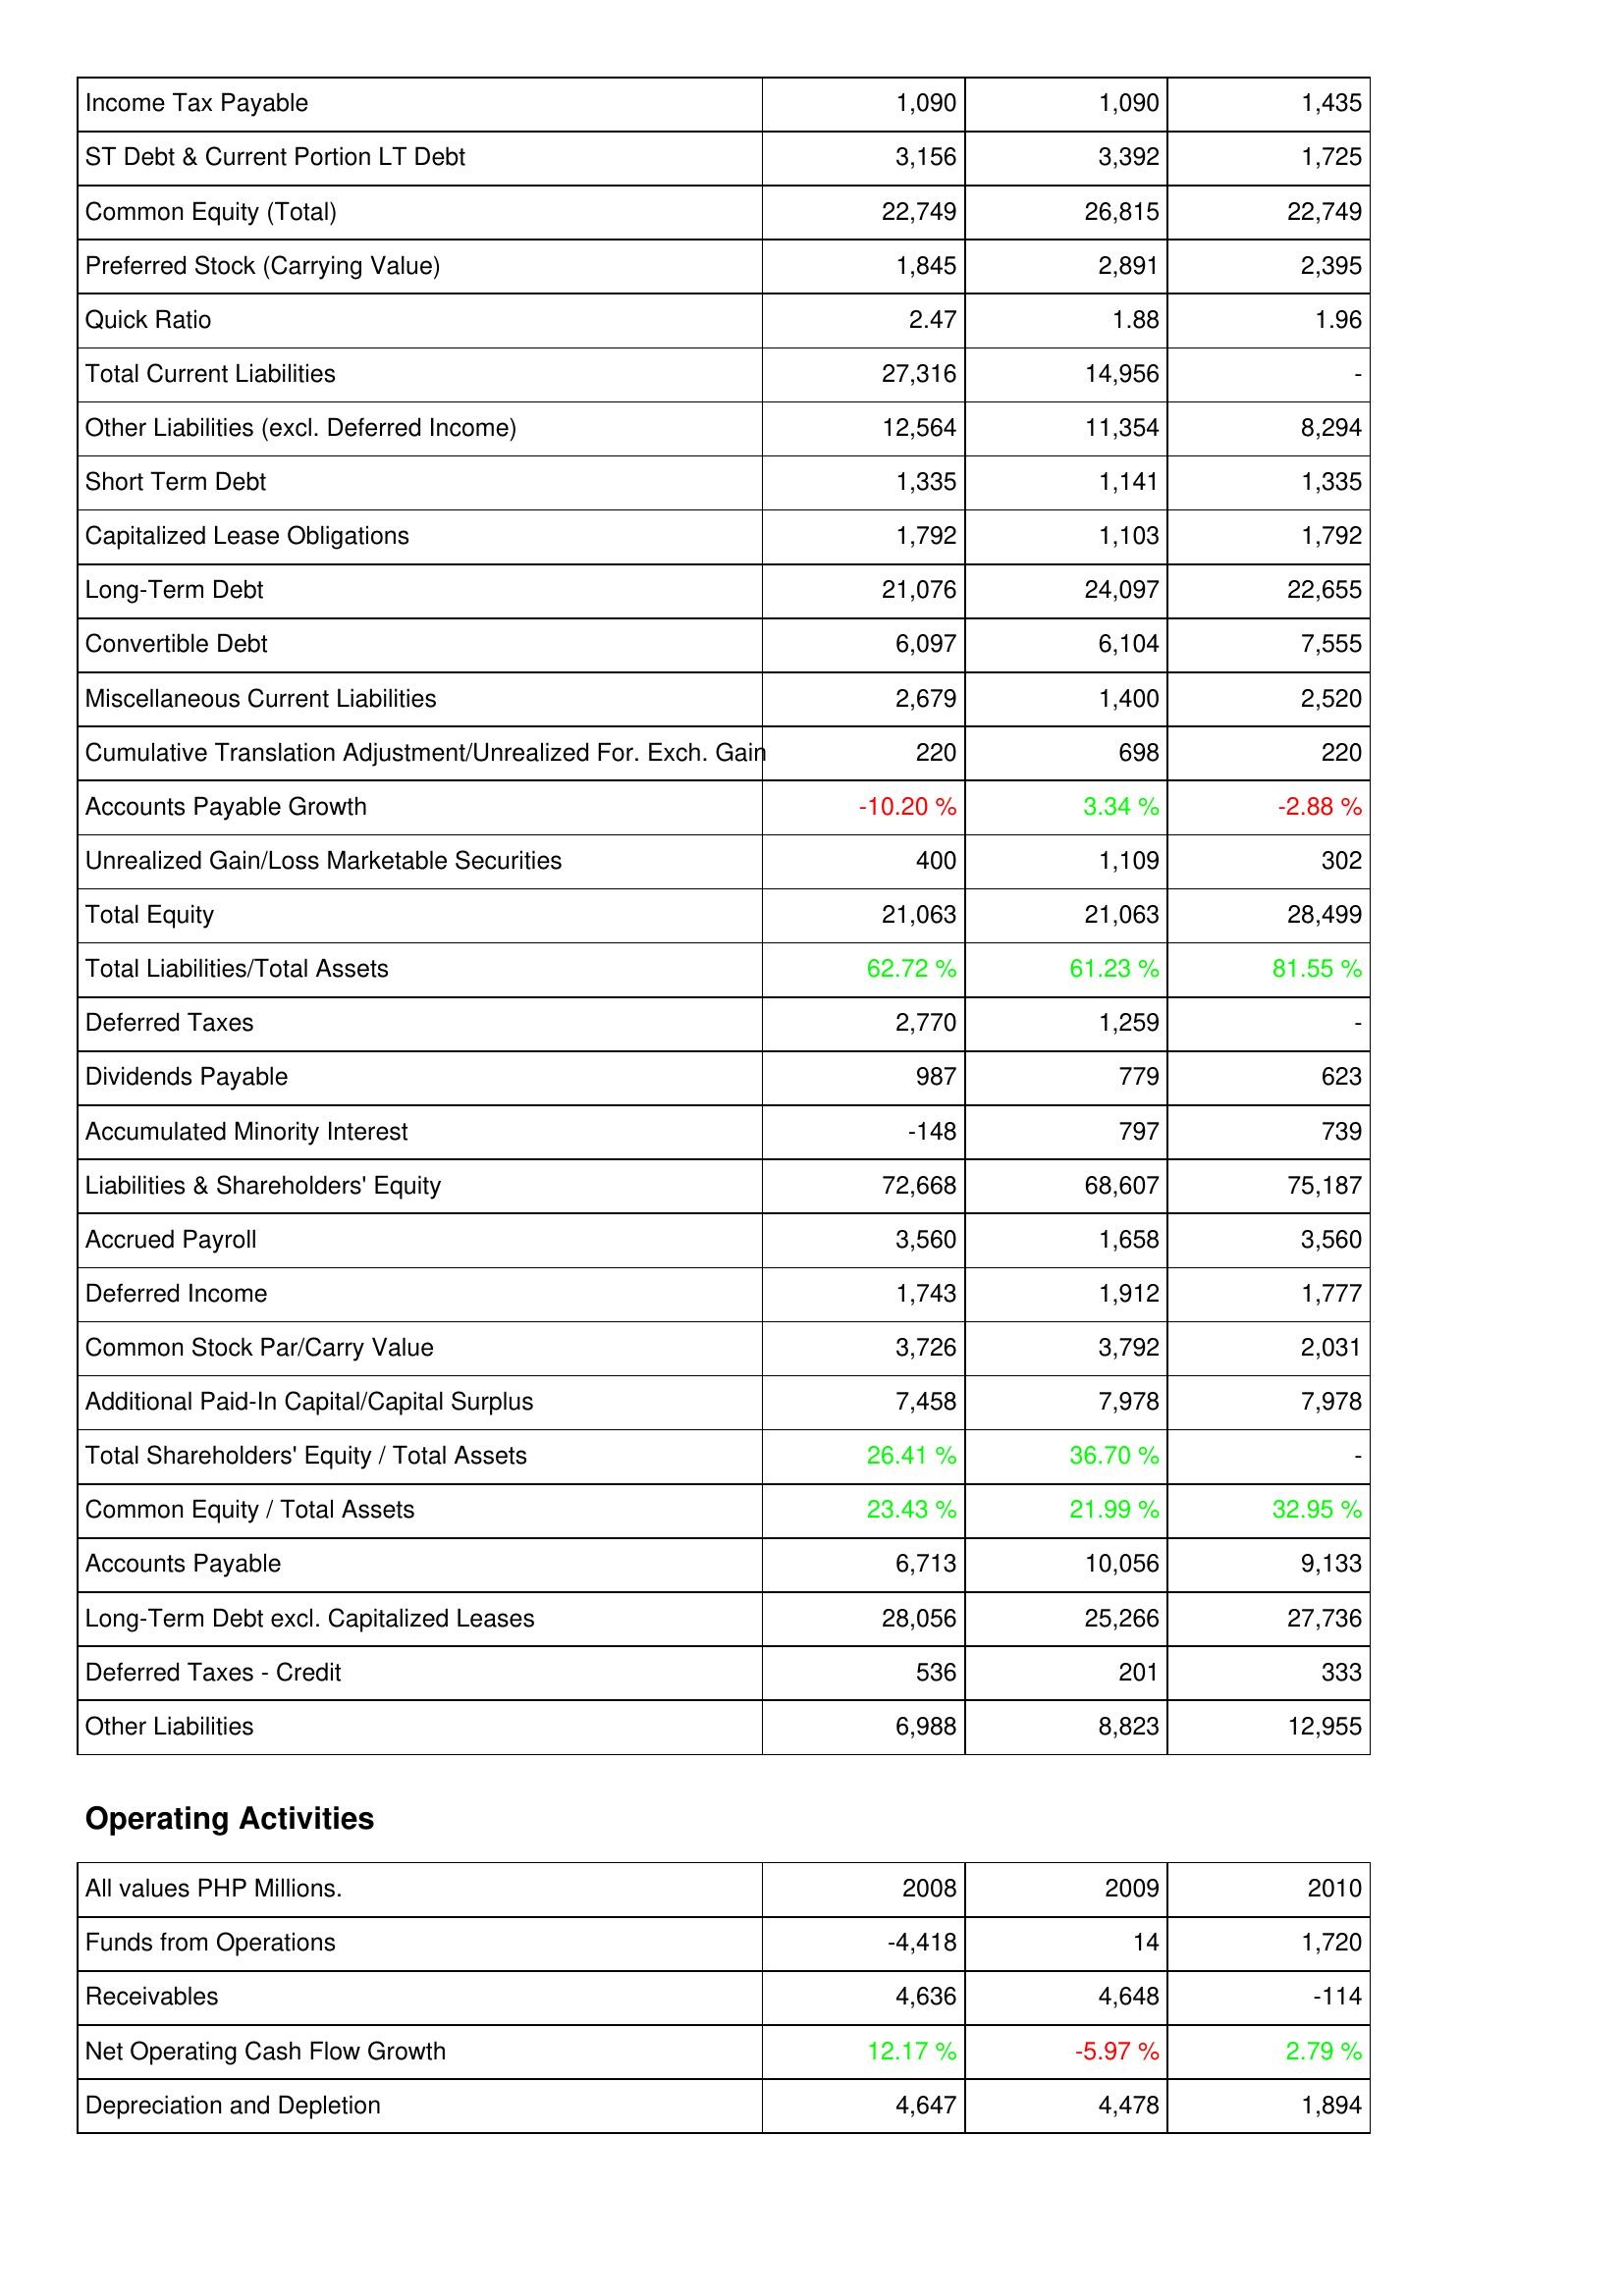
2008: Liabilities & Shareholders' Equity: Income Tax Payable: 1,090
ST Debt & Current Portion LT Debt: 3,156
Common Equity (Total): 22,749
Preferred Stock (Carrying Value): 1,845
Quick Ratio: 2.47
Total Current Liabilities: 27,316
Other Liabilities (excl. Deferred Income): 12,564
Short Term Debt: 1,335
Capitalized Lease Obligations: 1,792
Long-Term Debt: 21,076
Convertible Debt: 6,097
Miscellaneous Current Liabilities: 2,679
Cumulative Translation Adjustment/Unrealized For. Exch. Gain: 220
Accounts Payable Growth: -10.20 %
Unrealized Gain/Loss Marketable Securities: 400
Total Equity: 21,063
Total Liabilities/Total Assets: 62.72 %
Deferred Taxes: 2,770
Dividends Payable: 987
Accumulated Minority Interest: -148
Liabilities & Shareholders' Equity: 72,668
Accrued Payroll: 3,560
Deferred Income: 1,743
Common Stock Par/Carry Value: 3,726
Additional Paid-In Capital/Capital Surplus: 7,458
Total Shareholders' Equity / Total Assets: 26.41 %
Common Equity / Total Assets: 23.43 %
Accounts Payable: 6,713
Long-Term Debt excl. Capitalized Leases: 28,056
Deferred Taxes - Credit: 536
Other Liabilities: 6,988
Operating Activities: Funds from Operations: -4,418
Receivables: 4,636
Net Operating Cash Flow Growth: 12.17 %
Depreciation and Depletion: 4,647
2009: Liabilities & Shareholders' Equity: Income Tax Payable: 1,090
ST Debt & Current Portion LT Debt: 3,392
Common Equity (Total): 26,815
Preferred Stock (Carrying Value): 2,891
Quick Ratio: 1.88
Total Current Liabilities: 14,956
Other Liabilities (excl. Deferred Income): 11,354
Short Term Debt: 1,141
Capitalized Lease Obligations: 1,103
Long-Term Debt: 24,097
Convertible Debt: 6,104
Miscellaneous Current Liabilities: 1,400
Cumulative Translation Adjustment/Unrealized For. Exch. Gain: 698
Accounts Payable Growth: 3.34 %
Unrealized Gain/Loss Marketable Securities: 1,109
Total Equity: 21,063
Total Liabilities/Total Assets: 61.23 %
Deferred Taxes: 1,259
Dividends Payable: 779
Accumulated Minority Interest: 797
Liabilities & Shareholders' Equity: 68,607
Accrued Payroll: 1,658
Deferred Income: 1,912
Common Stock Par/Carry Value: 3,792
Additional Paid-In Capital/Capital Surplus: 7,978
Total Shareholders' Equity / Total Assets: 36.70 %
Common Equity / Total Assets: 21.99 %
Accounts Payable: 10,056
Long-Term Debt excl. Capitalized Leases: 25,266
Deferred Taxes - Credit: 201
Other Liabilities: 8,823
Operating Activities: Funds from Operations: 14
Receivables: 4,648
Net Operating Cash Flow Growth: -5.97 %
Depreciation and Depletion: 4,478
2010: Liabilities & Shareholders' Equity: Income Tax Payable: 1,435
ST Debt & Current Portion LT Debt: 1,725
Common Equity (Total): 22,749
Preferred Stock (Carrying Value): 2,395
Quick Ratio: 1.96
Total Current Liabilities: -
Other Liabilities (excl. Deferred Income): 8,294
Short Term Debt: 1,335
Capitalized Lease Obligations: 1,792
Long-Term Debt: 22,655
Convertible Debt: 7,555
Miscellaneous Current Liabilities: 2,520
Cumulative Translation Adjustment/Unrealized For. Exch. Gain: 220
Accounts Payable Growth: -2.88 %
Unrealized Gain/Loss Marketable Securities: 302
Total Equity: 28,499
Total Liabilities/Total Assets: 81.55 %
Deferred Taxes: -
Dividends Payable: 623
Accumulated Minority Interest: 739
Liabilities & Shareholders' Equity: 75,187
Accrued Payroll: 3,560
Deferred Income: 1,777
Common Stock Par/Carry Value: 2,031
Additional Paid-In Capital/Capital Surplus: 7,978
Total Shareholders' Equity / Total Assets: -
Common Equity / Total Assets: 32.95 %
Accounts Payable: 9,133
Long-Term Debt excl. Capitalized Leases: 27,736
Deferred Taxes - Credit: 333
Other Liabilities: 12,955
Operating Activities: Funds from Operations: 1,720
Receivables: -114
Net Operating Cash Flow Growth: 2.79 %
Depreciation and Depletion: 1,894